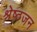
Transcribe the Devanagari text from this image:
श्रेष्‍ठजन